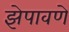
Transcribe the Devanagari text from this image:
झेपावणे